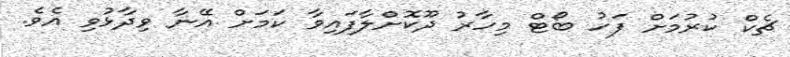
ޗެކް ކުރުމަށް ފަހު ބޯޓް މިހާރު ދޫކޮށްލާފައިވާ ކަމަށް އޭނާ ވިދާޅުވި އެވެ.